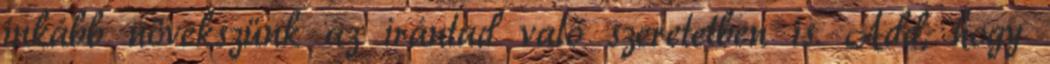
inkább növekszünk az irántad való szeretetben is. Add, hogy